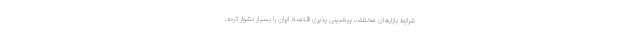
شرایط بازار‌های مختلف، پیشبینی پذیری اقتصاد ایران را بسیار دشوار کرده،